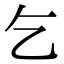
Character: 乞